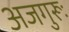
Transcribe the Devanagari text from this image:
अजगुरूः